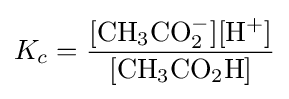
K_{c}=\mathrm {\frac {[CH_{3}CO_{2}^{-}][H^{+}]}{[CH_{3}CO_{2}H]}}